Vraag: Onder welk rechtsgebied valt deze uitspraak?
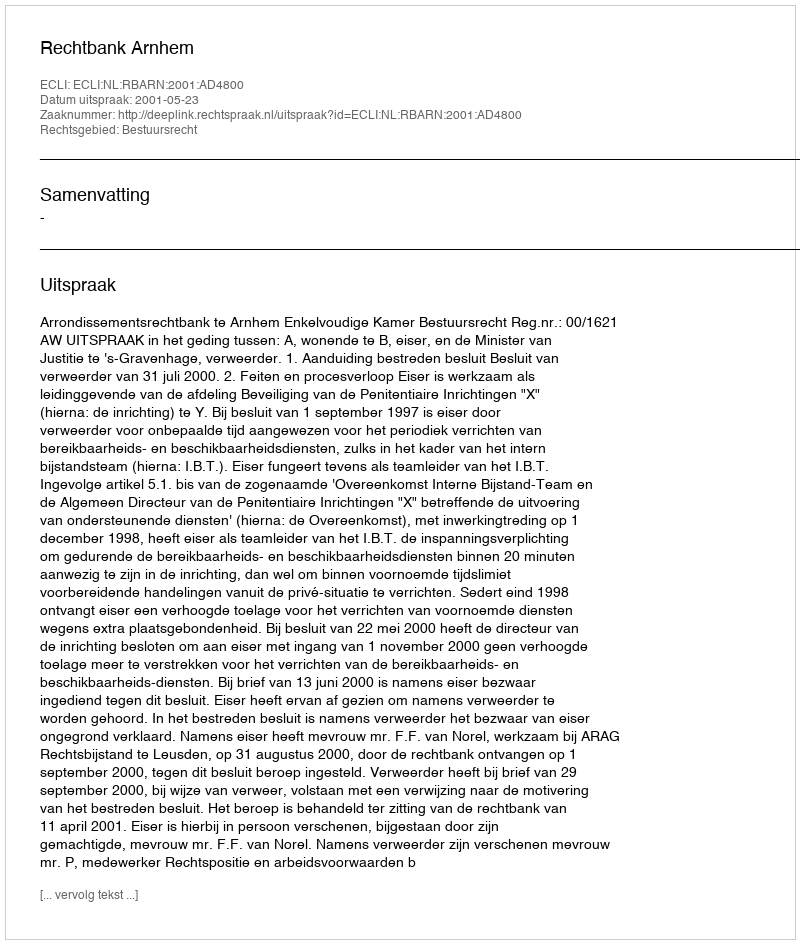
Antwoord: Bestuursrecht